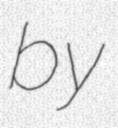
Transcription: by